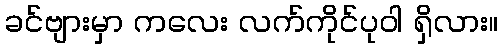
ခင်ဗျားမှာ ကလေး လက်ကိုင်ပုဝါ ရှိလား။